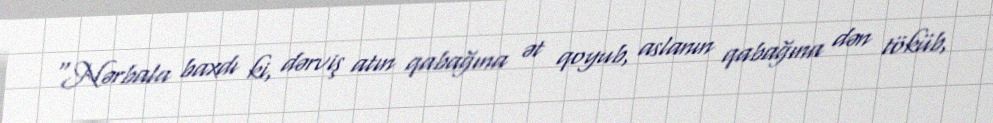
“Nərbala baxdı ki, dərviş atın qabağına ət qoyub, aslanın qabağına dən töküb,